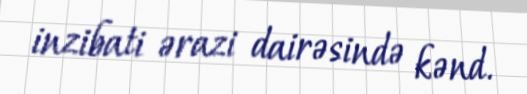
inzibati ərazi dairəsində kənd.